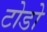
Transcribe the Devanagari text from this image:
टोडो